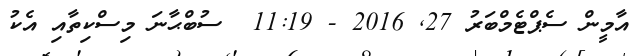
އާމީން ސެޕްޓެމްބަރު 27